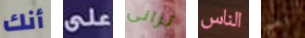
أنك على ترانى الناس نعم